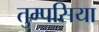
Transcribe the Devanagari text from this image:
तुम्पसिया